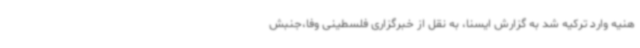
هنیه وارد ترکیه شد به گزارش ایسنا، به نقل از خبرگزاری فلسطینی وفا،جنبش